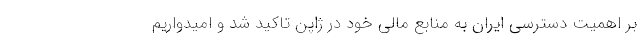
بر اهمیت دسترسی ایران به منابع مالی خود در ژاپن تاکید شد و امیدواریم